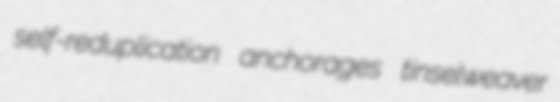
self-reduplication anchorages tinselweaver